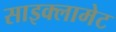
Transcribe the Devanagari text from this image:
साइक्लामेट